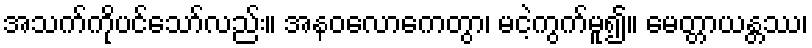
အသက်ကိုပင်သော်လည်း။ အနဝလောကေတွာ၊ မငဲ့ကွက်မူ၍။ မေတ္တာယန္တဿ၊